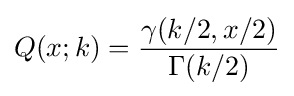
Q(x;k)={\frac {\gamma (k/2,x/2)}{\Gamma (k/2)}}